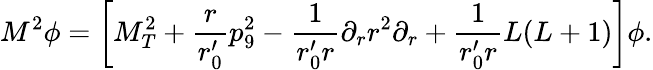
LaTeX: M^{2}\phi=\left[M_{T}^{2}+\frac{r}{r_{0}^{\prime}}p_{9}^{2}-\frac{1}{r_{0}^{\prime}r}\partial_{r}r^{2}\partial_{r}+\frac{1}{r_{0}^{\prime}r}L(L+1)\right]\phi.